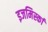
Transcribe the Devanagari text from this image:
इजमिर्स्का